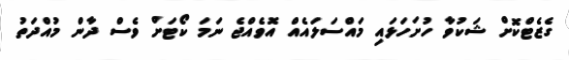
ގެޒެޓްކޮށް ޝަކުވާ ހުށަހަޅައި މައްސަލައެއް އޮވެއްޖެ ނަމަ ކޯޓަށް ވެސް ދާން މުއްދަތު